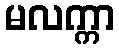
မလက္ကာ